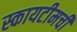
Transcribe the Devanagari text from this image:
स्कायटीमची